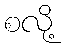
စလို့